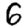
Digit: 6